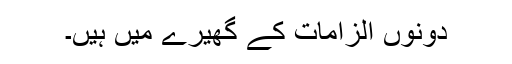
دونوں الزامات کے گھیرے میں ہیں۔